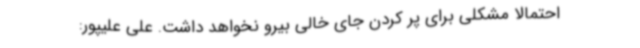
احتمالا مشکلی برای پر کردن جای خالی بیرو نخواهد داشت. علی علیپور: